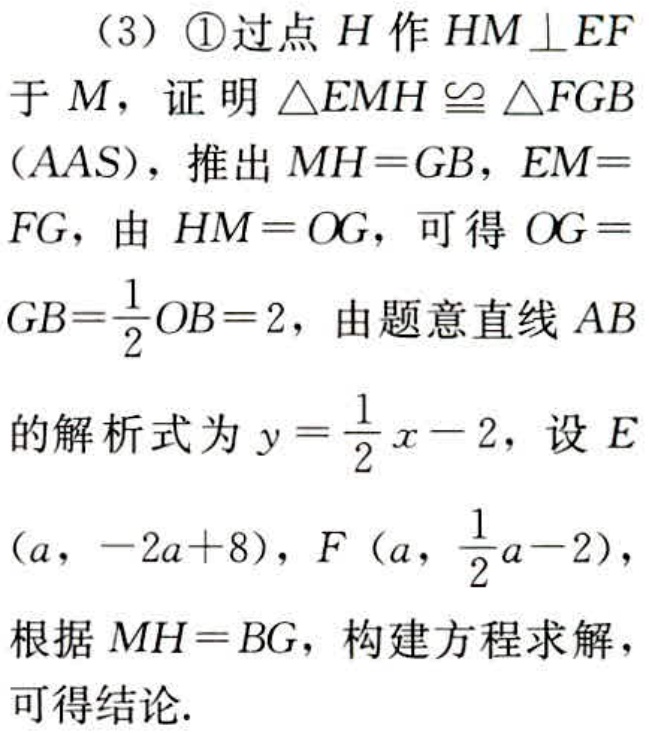
（3）\textcircled{1}过点\(H\)作\(HM\perp EF\)于\(M\)，证明\(\triangle EMH\cong\triangle FGB\)（AAS），推出\(MH = GB\)，\(EM = FG\)，由\(HM = OG\)，可得\(OG = GB=\frac{1}{2}OB = 2\)，由题意直线\(AB\)的解析式为\(y=\frac{1}{2}x - 2\)，设\(E(a,-2a + 8)\)，\(F(a,\frac{1}{2}a - 2)\)，根据\(MH = BG\)，构建方程求解，可得结论.